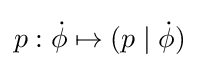
p:{\dot {\phi }}\mapsto (p\mid {\dot {\phi }})